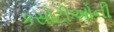
કસોટીઓની